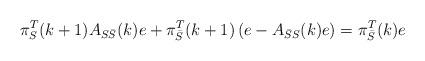
LaTeX: \begin{align*} \pi_{S}^T(k+1)A_{S\bar{S}}(k)e+\pi_{\bar{S}}^T(k+1)\left(e-A_{\bar{S}S}(k)e\right)=\pi_{\bar{S}}^T(k)e\end{align*}